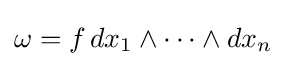
\omega =f\,dx_{1}\wedge \cdots \wedge dx_{n}